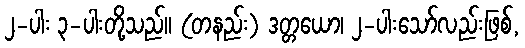
၂-ပါး ၃-ပါးတို့သည်။ (တနည်း) ဒတ္တယော၊ ၂-ပါးသော်လည်းဖြစ်,